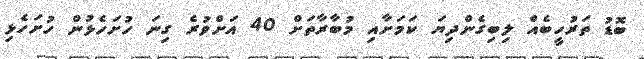
ބޮޑު ތަރުހީބެއް ލިބިގެންދިޔަ ކަމަށާއި މުބާރާތަށް 40 އަށްވުރެ ގިނަ ހުށަހެޅުން ހުށަހެޅި